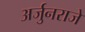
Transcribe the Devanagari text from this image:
अर्जुनराजे